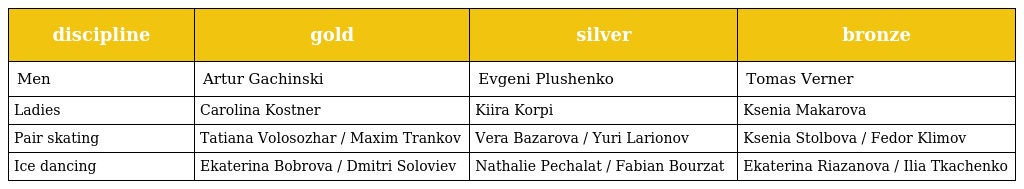
| discipline | gold | silver | bronze |
 | --- | --- | --- | --- |
 | Men | Artur Gachinski | Evgeni Plushenko | Tomas Verner |
 | Ladies | Carolina Kostner | Kiira Korpi | Ksenia Makarova |
 | Pair skating | Tatiana Volosozhar / Maxim Trankov | Vera Bazarova / Yuri Larionov | Ksenia Stolbova / Fedor Klimov |
 | Ice dancing | Ekaterina Bobrova / Dmitri Soloviev | Nathalie Pechalat / Fabian Bourzat | Ekaterina Riazanova / Ilia Tkachenko |